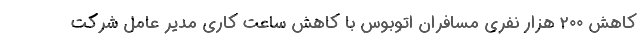
کاهش ۲۰۰ هزار نفری مسافران اتوبوس با کاهش ساعت کاری مدیر عامل شرکت